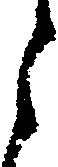
月